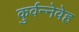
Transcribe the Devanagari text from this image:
कुर्वन्नेवेह